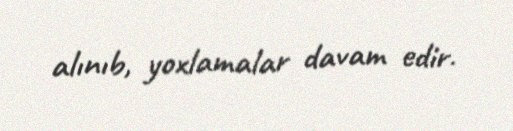
alınıb, yoxlamalar davam edir.